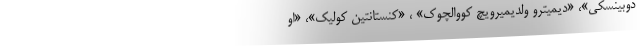
دوبینسکی»، «دیمیترو ولدیمیرویچ کووالچوک» ، «کنستانتین کولیک»، «او